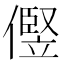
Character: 㒘